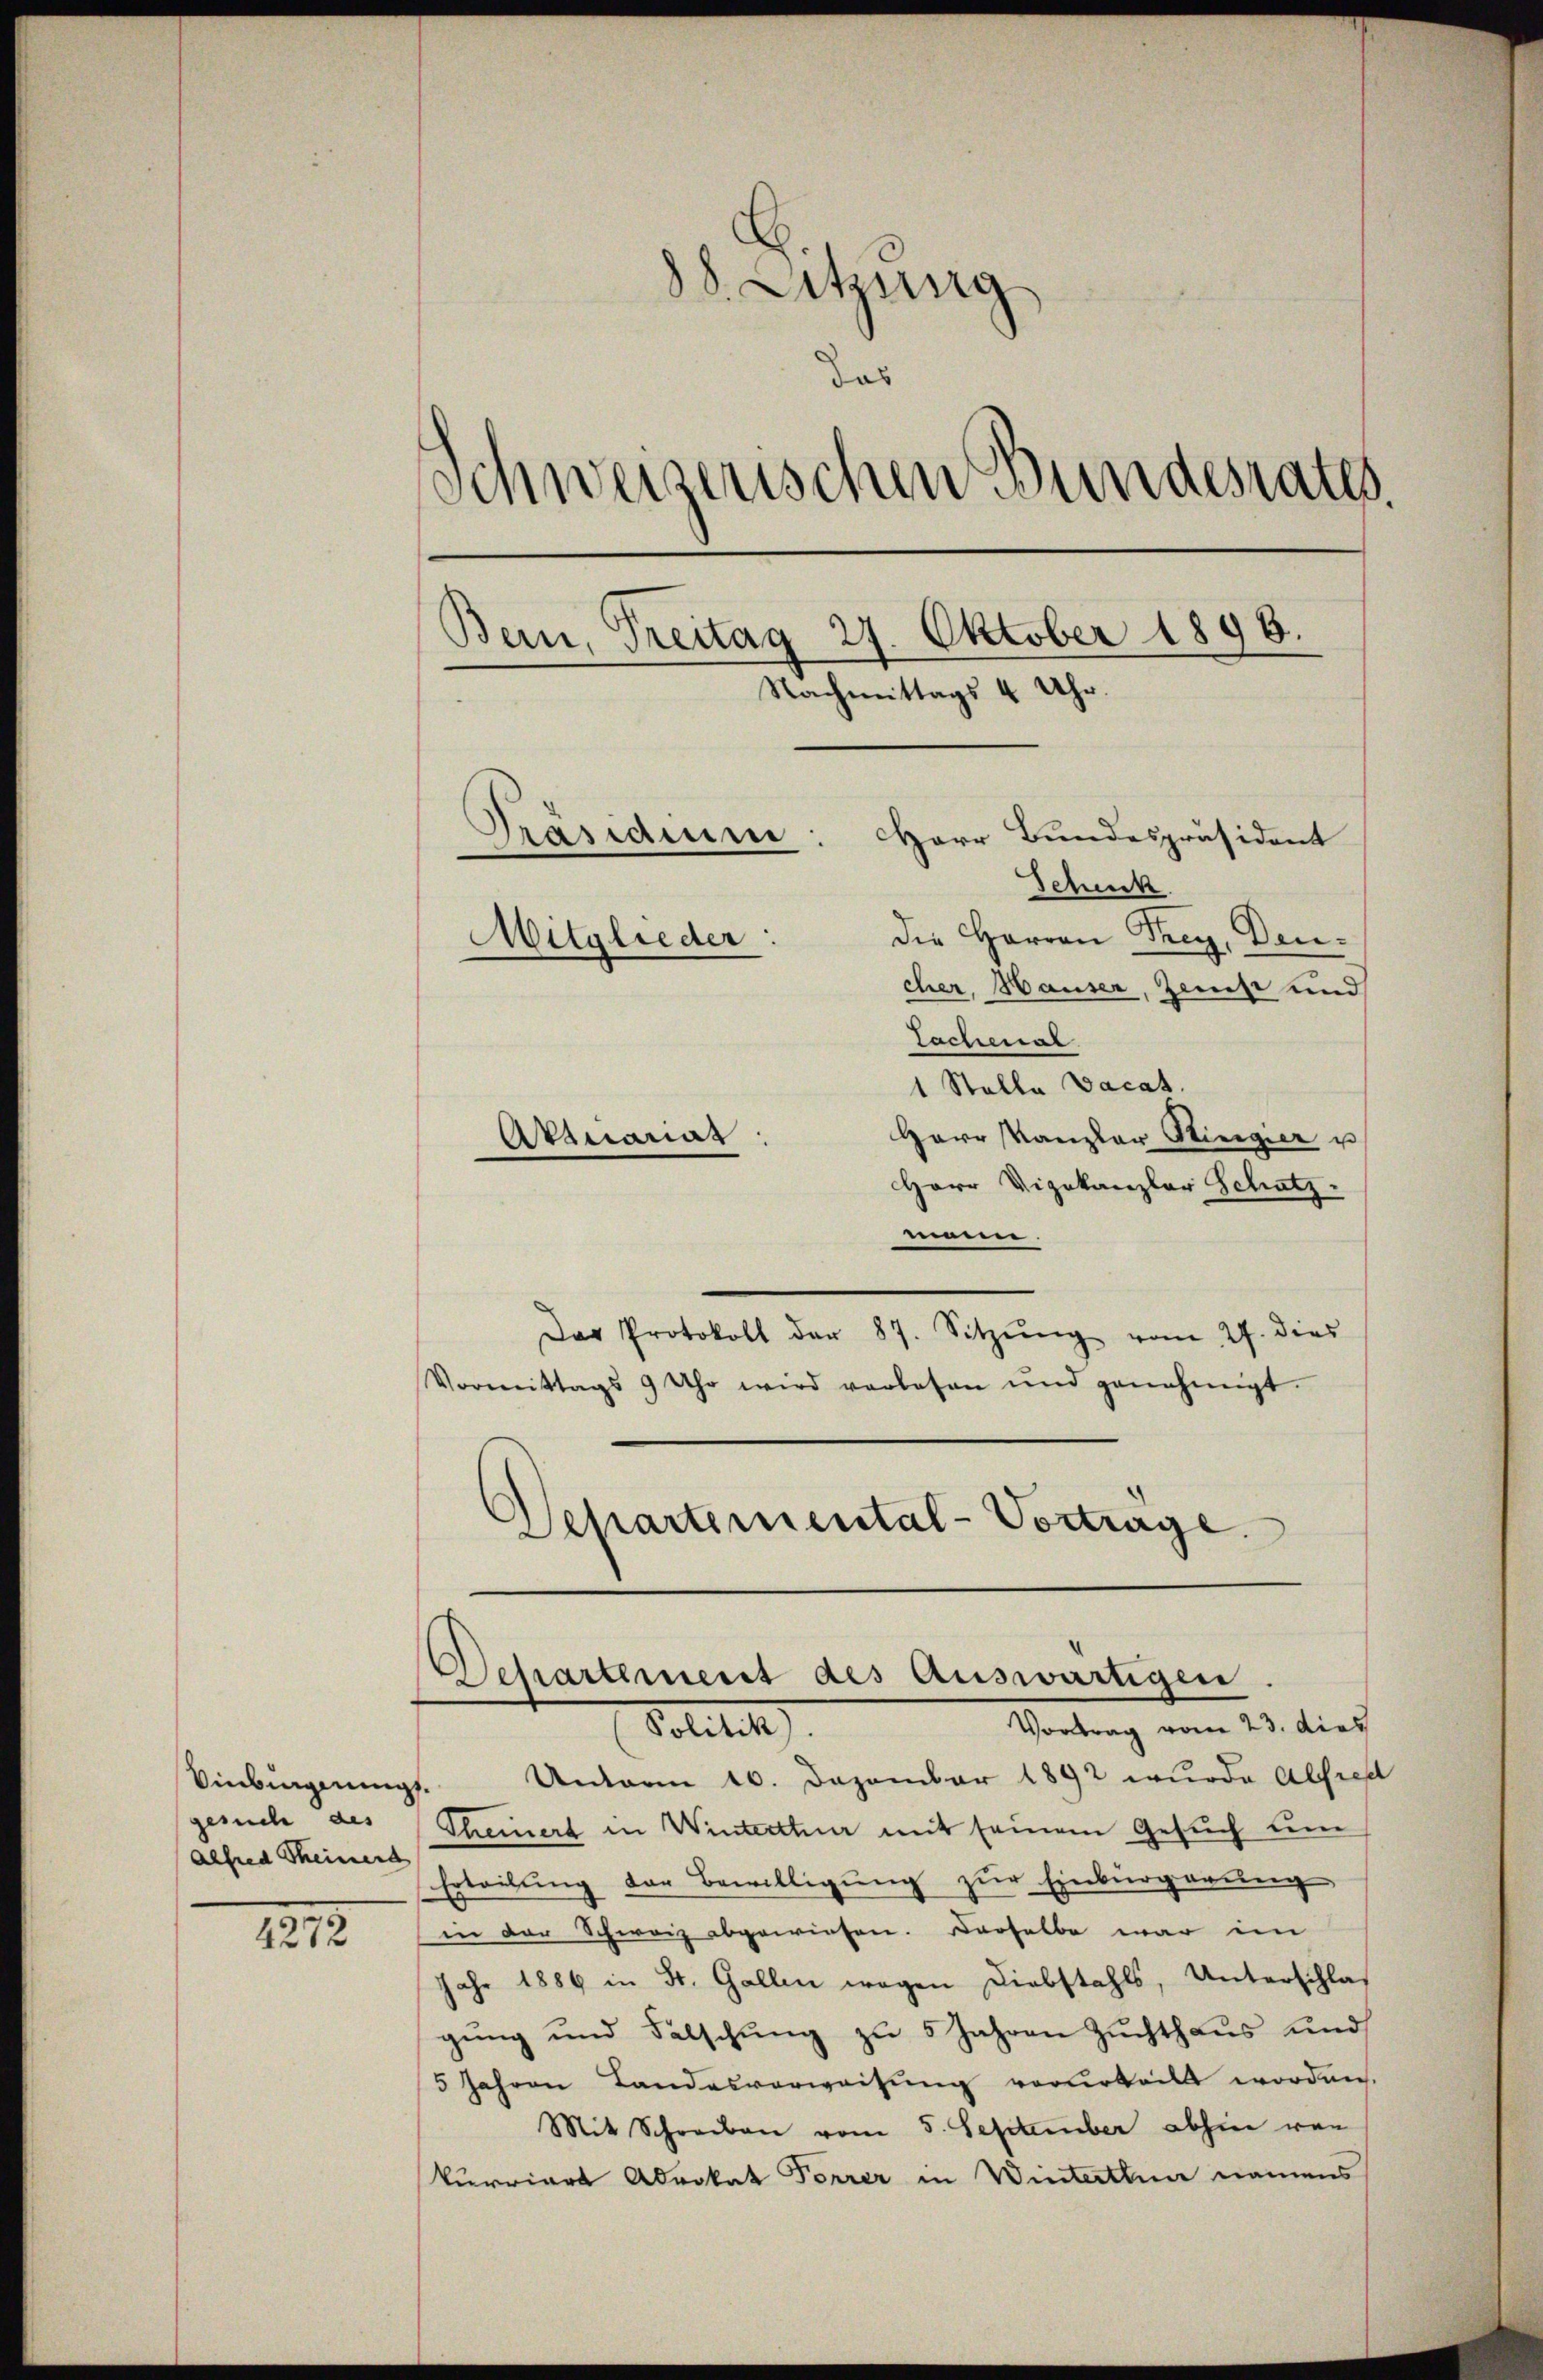
Einbingnung.
gesuch des
Alfred Seinend

1873.

88. Sitzung
das
Schweigenschen Bundesrates.
Bern, Treitag 27. Oktober 1896.
Nachmittags 4 Uhr.
Präsidium
Herr Bundespräsident
Scheck.
die Herren Frey, Deu¬
Mitglieder:
cher, Hauser, Zinse und
Tachenal
1 Stalla vacat.
Herr Kanzler Stiegier u
Atmonat

Herr Vizekanzlar Schatz.
mnen.
Das Protokoll der 87. Sitzŭng vom 27. dies
Vormittags 9 Uhr wird verlesen und genehmigt.
.
Departemental-Vortrage.

Unterm 16. Dezember 1892 wurde Abfiel
Theuert in Winterthun mit seinem Gesuch um
Erteilung der Bewilligung zur Einbürgerung
in der Schweiz abgewiesen. Derselbe war im
Jahr 1886 in St. Gallen wegen Diebstahls, Unterschlaf
gŭng und Fälschung zu 5 Jahren Zuchthaus und
5 Jahren Landesverweisung verurteilt worden.
Mit Schreiben vom 5. September abhin von
kurriert Advokat Forrer in Winterthun namens

Departement des Auswärtigen.
Vortrag vom 23. dies
Politik